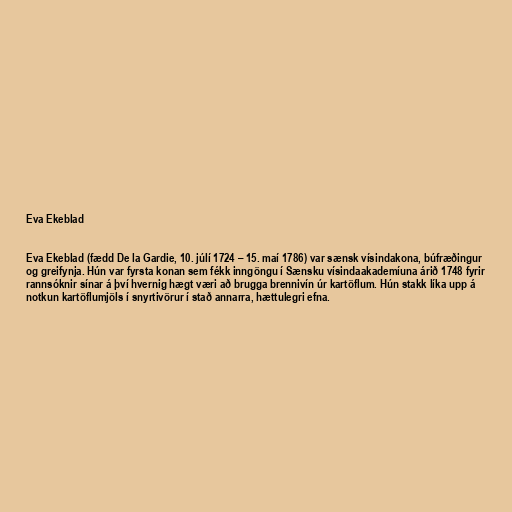
Eva Ekeblad

Eva Ekeblad (fædd De la Gardie, 10. júlí 1724 – 15. maí 1786) var sænsk vísindakona, búfræðingur
og greifynja. Hún var fyrsta konan sem fékk inngöngu í Sænsku vísindaakademíuna árið 1748 fyrir
rannsóknir sínar á því hvernig hægt væri að brugga brennivín úr kartöflum. Hún stakk líka upp á
notkun kartöflumjöls í snyrtivörur í stað annarra, hættulegri efna.